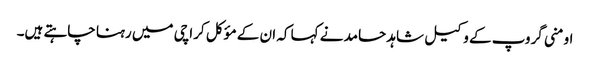
اومنی گروپ کے وکیل شاہد حامد نے کہا کہ ان کے مؤکل کراچی میں رہنا چاہتے ہیں۔